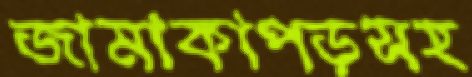
জামাকাপড়সহ